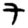
Digit: 7